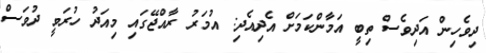
ދިވެހިން އަދިވެސް ތިބީ އަމާންކަމަށް އެދިއެދި: އުމަރު ރާއްޖޭގައި މިއަދު ހުރަވީ ދުވަސް